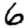
Digit: 6